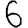
Digit: 6